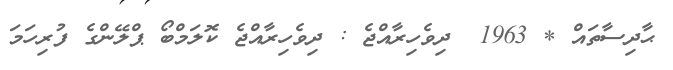
ޙާދިސާތައް * 1963  ދިވެހިރާއްޖެ : ދިވެހިރާއްޖެ ކޮލަމްބޯ ޕްލޭންގެ ފުރިހަމަ